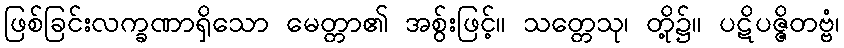
ဖြစ်ခြင်းလက္ခဏာရှိသော မေတ္တာ၏ အစွ်းဖြင့်။ သတ္တေသု၊ တို့၌။ ပဋိပဇ္ဇိတဗ္ဗံ၊